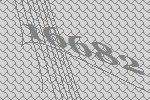
16682